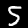
Label: 5